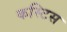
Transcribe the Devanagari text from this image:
कस्टिस